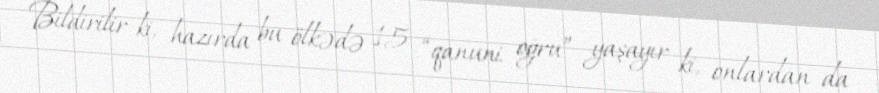
Bildirilir ki, hazırda bu ölkədə 15 “qanuni oğru” yaşayır ki, onlardan da